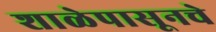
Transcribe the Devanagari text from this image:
शाळेपासूनचे